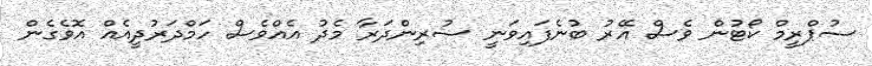
ސުޕްރީމް ކޯޓުން ވެސް އޭރު ބުނެފައިވަނީ ސުރިންދަރާ މެދު އެއްވެސް ހަމްދަރުދީއެއް އޮވެގެން